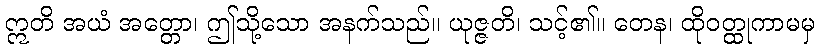
ဣတိ အယံ အတ္တော၊ ဤသို့သော အနက်သည်။ ယုဇ္ဇတိ၊ သင့်၏။ တေန၊ ထိုဝတ္ထုကာမမှ